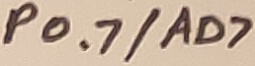
Text: P0.7/AD7